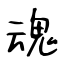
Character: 魂